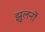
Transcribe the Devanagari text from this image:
झूलनों